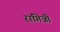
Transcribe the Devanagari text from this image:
रागिन्नी